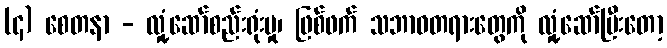
(၄) စေတနာ - လှုံ့ဆော်စည်းရုံးမှု၊ ဖြစ်ဖက် သဘာဝတရားတွေကို လှုံ့ဆော်ပြီးတော့